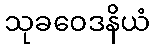
သုခဝေဒနိယံ